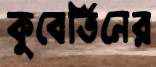
কুবের্তিনের